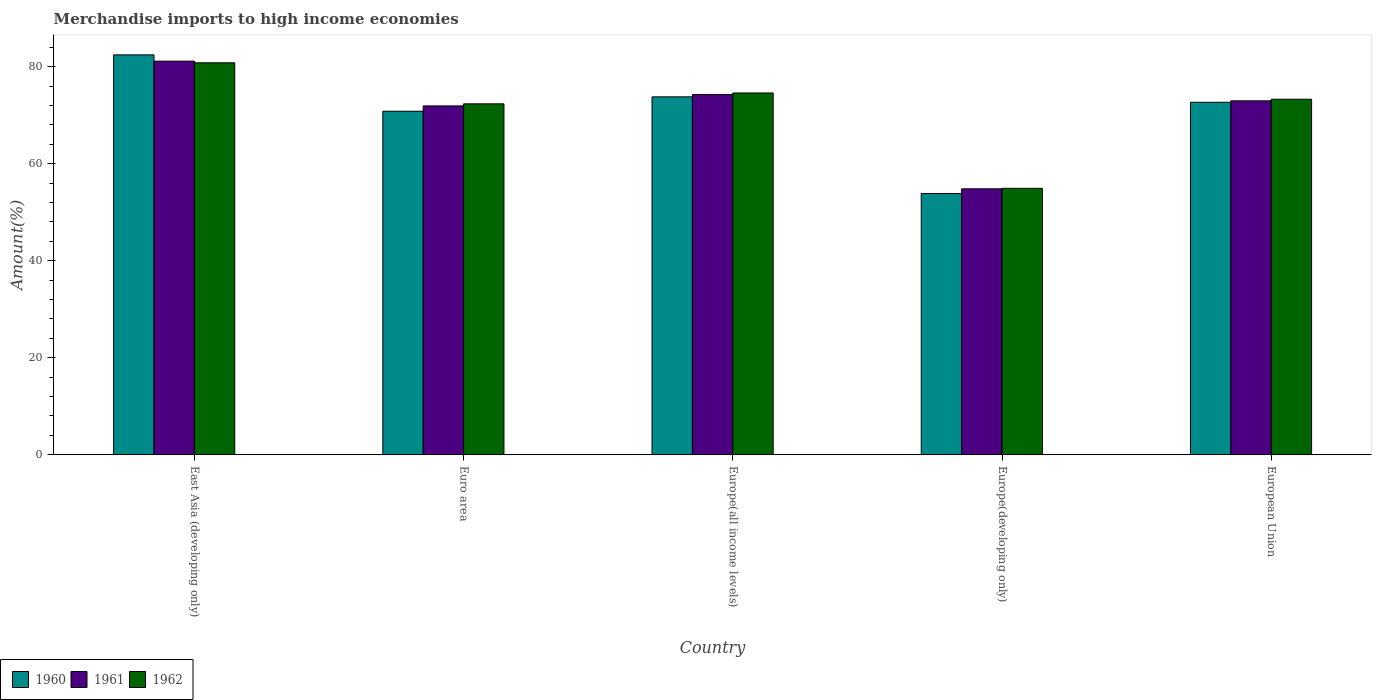
| Country | 1960 | 1961 | 1962 |
 | --- | --- | --- | --- |
 | East Asia (developing only) | 82.4 | 81.1 | 80.8 |
 | Euro area | 70.8 | 71.9 | 72.3 |
 | Europe(all income levels) | 73.8 | 74.2 | 74.6 |
 | Europe(developing only) | 53.9 | 54.8 | 54.9 |
 | European Union | 72.7 | 73 | 73.3 |